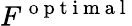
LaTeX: F^{\mathrm{~o~p~t~i~m~a~l~}}